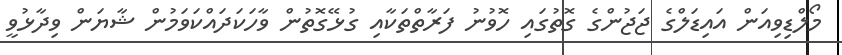
މޯލްޑިވިއަން އައިޑަލްގެ ޖަޖުންގެ ގޮތުގައި ހޮވުނު ފަރާތްތަކާއި ގުޅޭގޮތުން ވާހަކަދައްކަވަމުން ޝާޔަން ވިދާޅުވީ